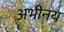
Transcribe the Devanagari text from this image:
अभीनय